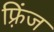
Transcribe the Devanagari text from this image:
फ़्रिंज